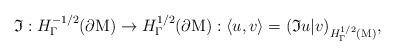
LaTeX: \begin{align*}\mathfrak{I}: H^{-1/2}_\Gamma(\partial\mathrm{M})\rightarrow H^{1/2}_\Gamma(\partial\mathrm{M}): \langle u,v\rangle =(\mathfrak{I}u|v)_{H^{1/2}_\Gamma(\mathrm{M})},\end{align*}